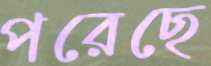
পরেছে